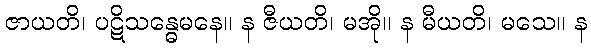
ဇာယတိ၊ ပဋိသန္ဓေမနေ။ န ဇီယတိ၊ မအို။ န မီယတိ၊ မသေ။ န